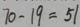
7 0 - 1 9 = 5 1